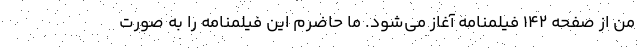
من از صفحه 142 فیلمنامه آغاز می‌شود. ما حاضرم این فیلمنامه را به صورت